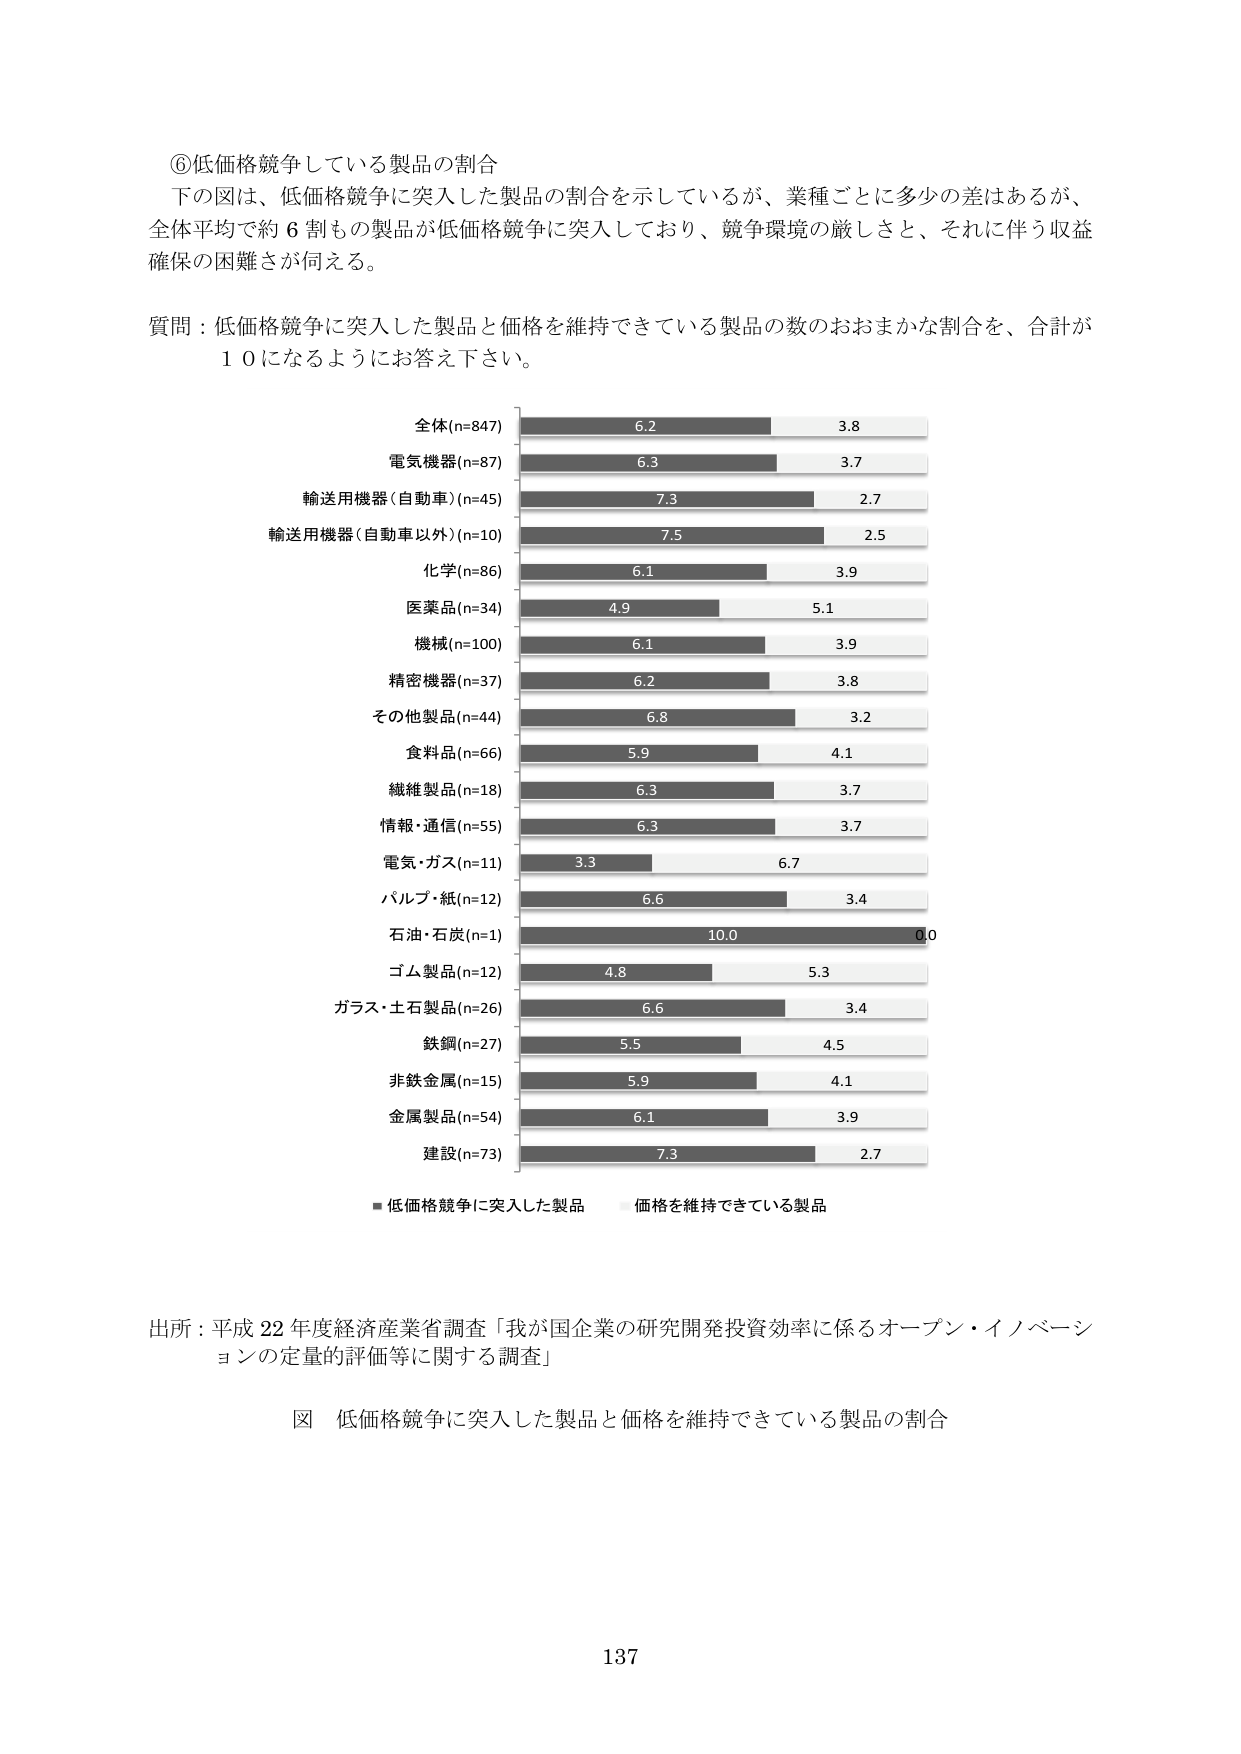
⑥低価格競争している製品の割合
下の図は、低価格競争に突入した製品の割合を示しているが、業種ごとに多少の差はあるが、
全体平均で約６割もの製品が低価格競争に突入しており、競争環境の厳しさと、それに伴う収益
確保の困難さが伺える。

質問：低価格競争に突入した製品と価格を維持できている製品の数のおおまかな割合を、合計が
１０になるようにお答え下さい。

全体(n=847) 6.2 3.8
電気機器(n=87) 6.3 3.7
輸送用機器(自動車)(n=45) 7.3 2.7
輸送用機器(自動車以外)(n=10) 7.5 2.5
化学(n=86) 6.1 3.9
医薬品(n=34) 4.9 5.1
機械(n=100) 6.1 3.9
精密機器(n=37) 6.2 3.8
その他製品(n=44) 6.8 3.2
食料品(n=66) 5.9 4.1
繊維製品(n=18) 6.3 3.7
情報・通信(n=55) 6.3 3.7
電気・ガス(n=11) 3.3 6.7
パルプ・紙(n=12) 6.6 3.4
石油・石炭(n=1) 10.0 0.0
ゴム製品(n=12) 4.8 5.3
ガラス・土石製品(n=26) 6.6 3.4
鉄鋼(n=27) 5.5 4.5
非鉄金属(n=15) 5.9 4.1
金属製品(n=54) 6.1 3.9
建設(n=73) 7.3 2.7

■低価格競争に突入した製品　価格を維持できている製品

出所：平成22年度経済産業省調査「我が国企業の研究開発投資効率に係るオープン・イノベーションの定量的評価等に関する調査」

図 低価格競争に突入した製品と価格を維持できている製品の割合

137